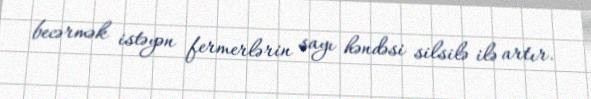
becərmək istəyən fermerlərin sayı həndəsi silsilə ilə artır.